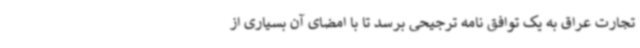
تجارت عراق به یک توافق نامه ترجیحی برسد تا با امضای آن بسیاری از